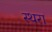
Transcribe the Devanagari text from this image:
स्थरा